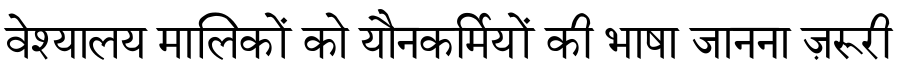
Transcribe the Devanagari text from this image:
वेश्यालय मालिकों को यौनकर्मियों की भाषा जानना ज़रूरी